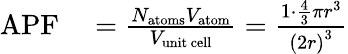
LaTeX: \begin{array}{rl}{\mathrm{APF}}&{{}={\frac{N_{\mathrm{atoms}}V_{\mathrm{atom}}}{V_{\mathrm{unit~cell}}}}={\frac{1\cdot{\frac{4}{3}}\pi r^{3}}{\left(2r\right)^{3}}}}\end{array}